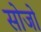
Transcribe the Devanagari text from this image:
सोजो